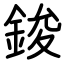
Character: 鋑